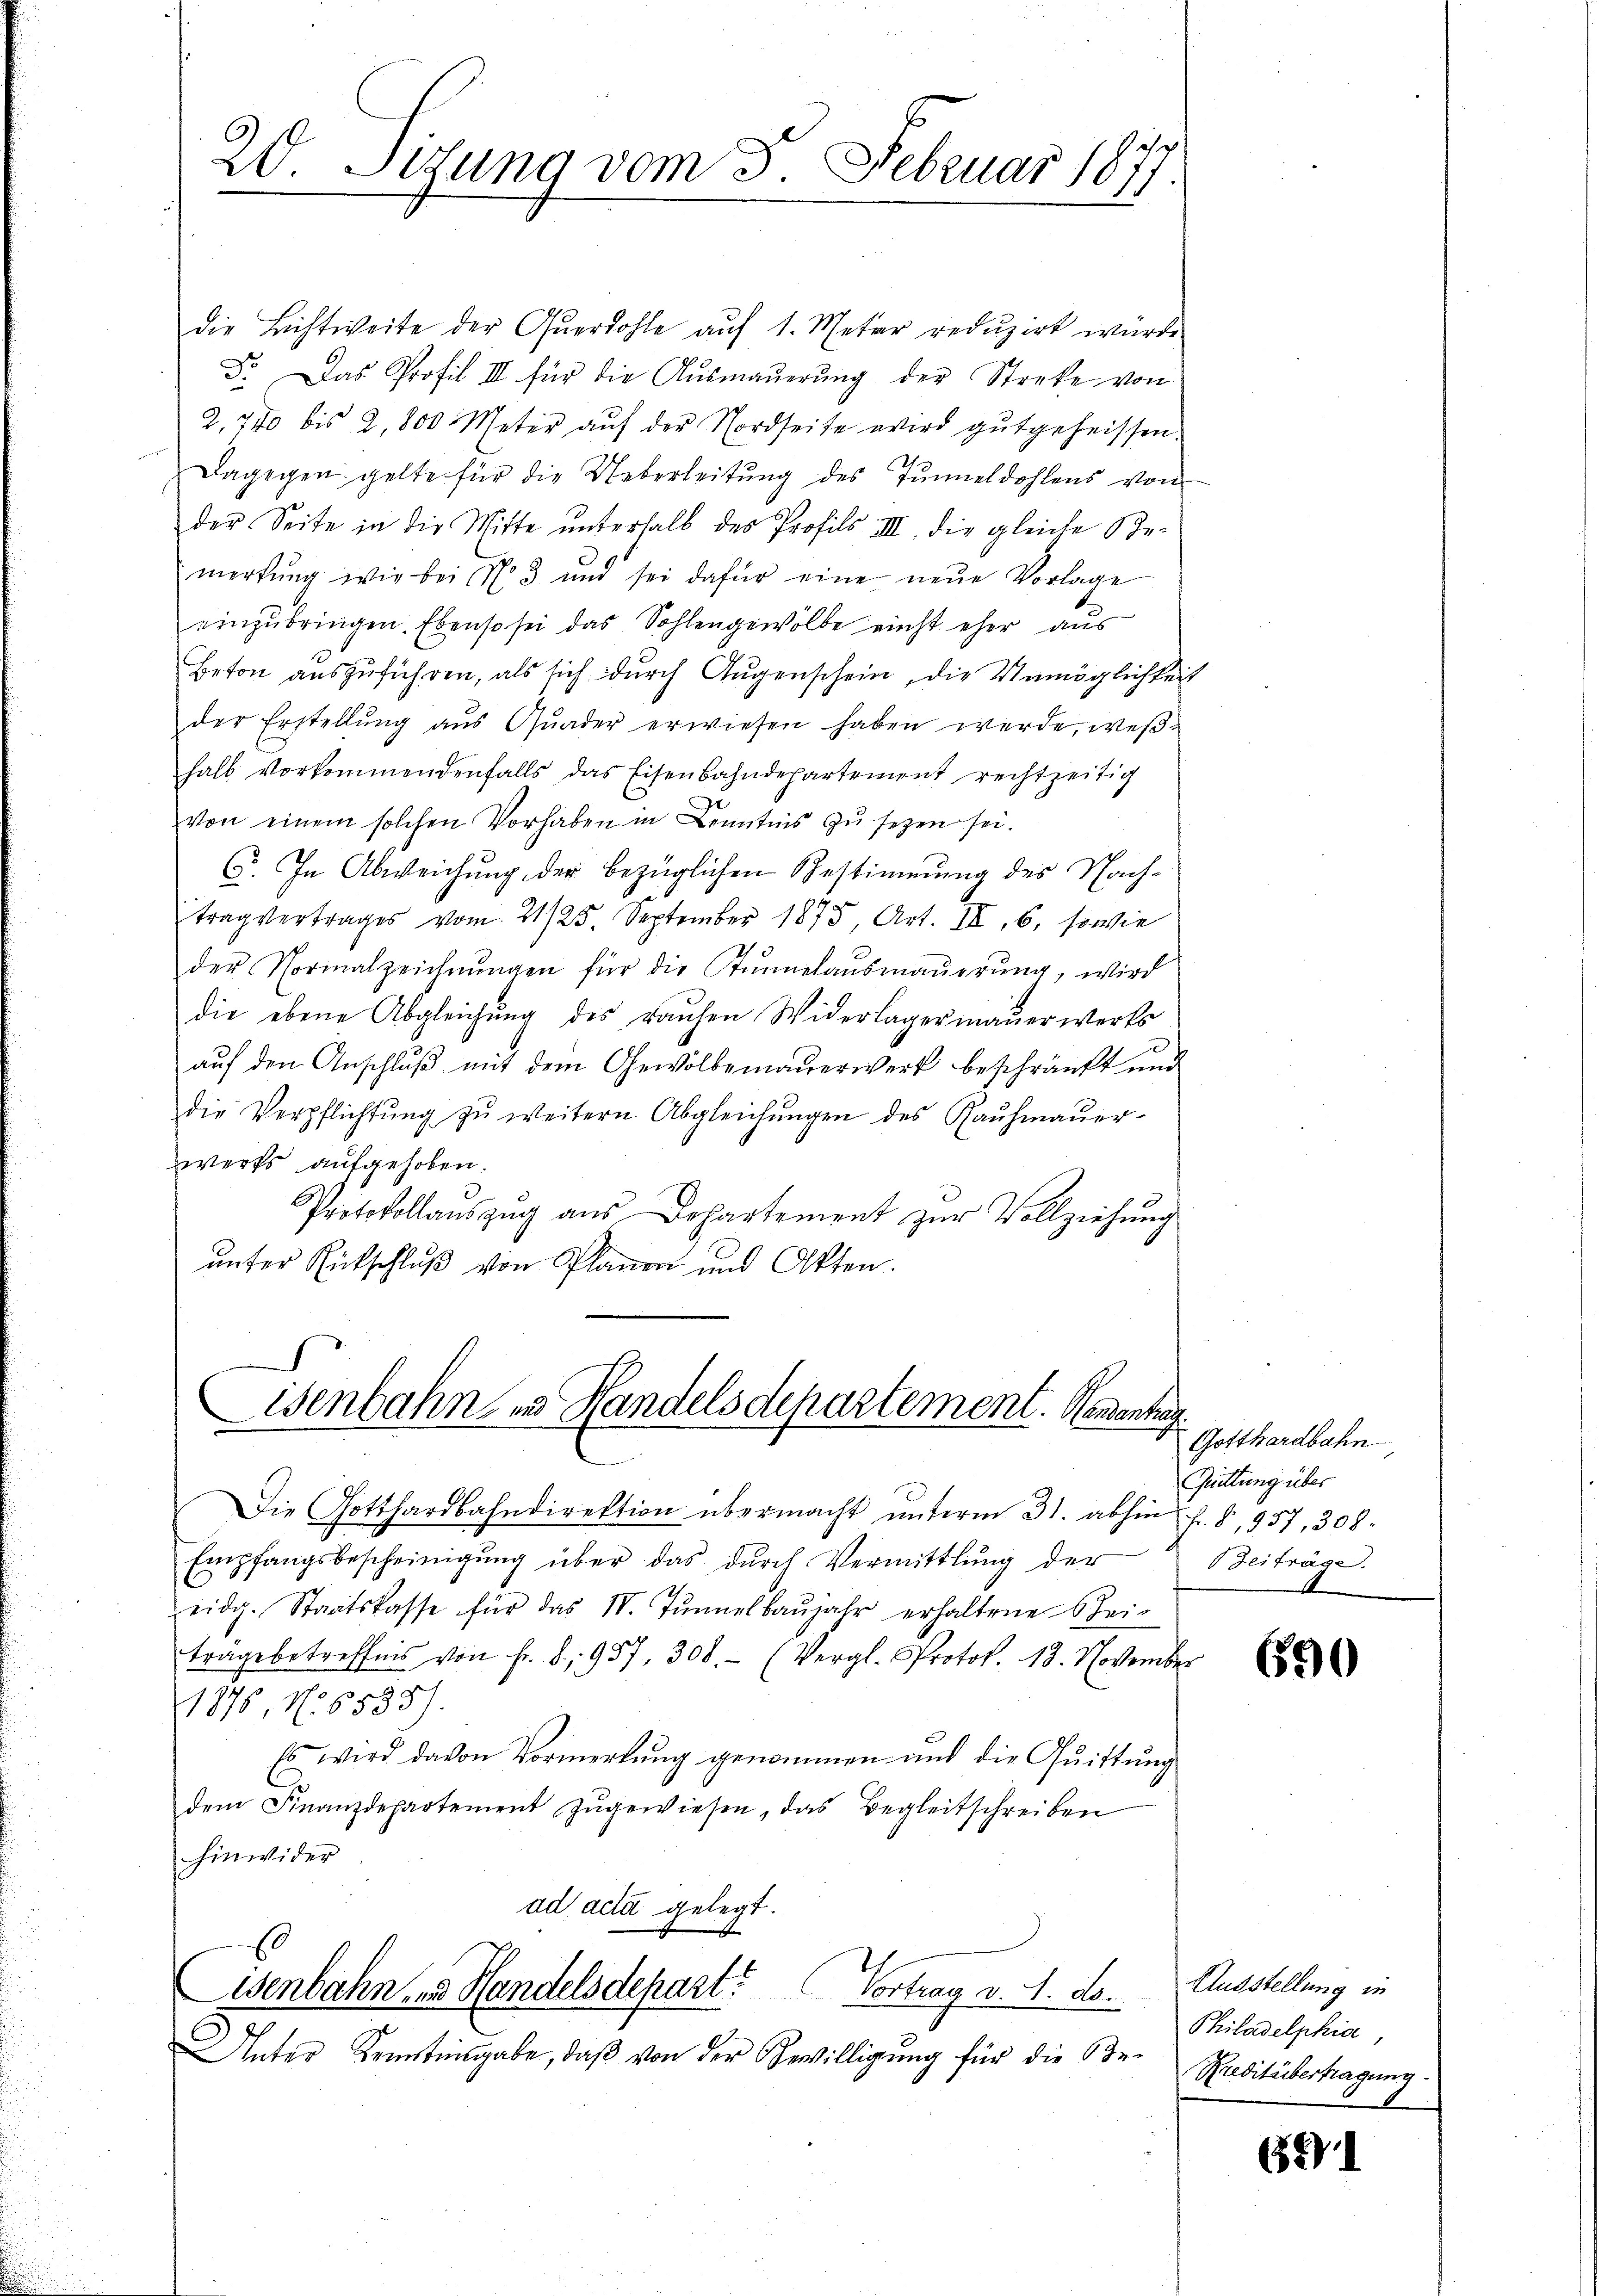
die Lichtweite der Querdohle auf 1. Meter reduzirt würde
Fr. Das Profil III für die Aŭsmaŭerŭng der Streke von
2,770 bis 2,800 Meter aŭf der Nordseite wird gutgeheissen.
Dagegen gelte für die Ueberleitung des Tunneldohlens von
der Seite in die Mitte ŭnterhalb des Profils III, die gleiche Se-
merkŭng wir bei No 3 und sei dafür eine neŭe Vorlage
einzubringen. Ebenso sei das Sohlengewölbe nicht eher aus
Beton auszuführen, als sich durch Augenschein, die Unmöglichkeit
der Erstellŭng aŭs Qŭader erwiesen haben werde, weβ-
halb vorkommendenfalls das Eisenbahndepartement rechtzeitig
von einem solchen Vorhaben in Kenntnis zŭ sezen sei.
C. In Abweichung der bezüglichen Bestimmung des Nach-
trag vertrages vom 21/25. September 1875, Art. III, 6, sowie
der Normalzeichnungen für die Stunnelausmauerung, wird
die ebene Abgleichŭng des rauhen Widerlagermaŭerwerks
auf den Anschluß mit dem Gewölbemauerwerk beschränkt und
die Verpflichtŭng zŭ weitern Abgleichŭngen des Kaŭfmaŭer-
werks aufgehoben.
Protokollauszug aus Departement zur Vollziehung
unter Rückschluß von Planen und Akten.

20. Situng vom 3. Februar 1877

isenbahn in Handelsdepartement. Reisentag

Die Gotthardbahndirektion übermacht ŭnterm 31. abhin f. 8, 957, 308.
Empfangsbescheinigŭng über das dŭrch Vermittlung der
eidg. Staatskasse für das 18. Jŭnnelbaŭjahr erhaltene Steiträge betreffnis von Fr. 8, 957, 308. (Vergl. Protok. 13. November
1876, No 6535).
Es wird davon Vormerkŭng genommen und die Qŭittŭng
dem Finanzdepartement zŭgewiesen, das Begleitschreiben
hinwider
ad acta gelegt.
wenbahn in Handelsdepart? Vortrag v. 1. ds.
Unter Kenntengabe, daβ von der Bewilligung für die Be-

Gotthardbahn
Quittung über
Beiträge.

690

Ausstellung in
Philadelphia,
Kreditübertragung.

681